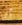
أي